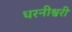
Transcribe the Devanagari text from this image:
धरनीश्वरी